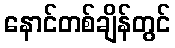
နောင်တစ်ချိန်တွင်